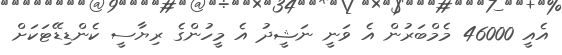
އެއީ 46000 މެމްބަރުން އެ ވަނީ ނަޝީދު އެ މީހުންގެ ރިޔާސީ ކެންޑިޑޭޓަކަށް